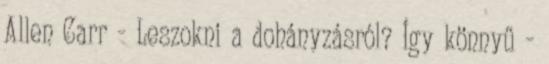
Allen Carr - Leszokni a dohányzásról? Így könnyű -